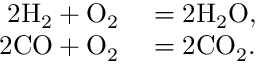
\begin{array} { r l } { 2 \mathrm { H } _ { 2 } + \mathrm { O } _ { 2 } } & { { } = 2 \mathrm { H } _ { 2 } \mathrm { O } , } \\ { 2 \mathrm { C O } + \mathrm { O } _ { 2 } } & { { } = 2 \mathrm { C O } _ { 2 } . } \end{array}